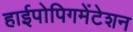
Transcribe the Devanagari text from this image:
हाईपोपिगमेंटेशन